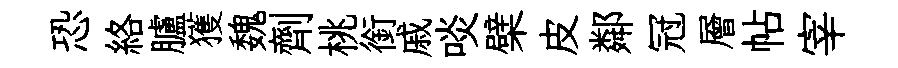
恐絡臚獲魏劑桃銜戚啖檗皮鄰冠層帖宰